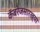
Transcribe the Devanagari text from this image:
कॅबरेजसारख्या